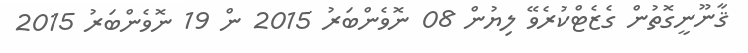
ޤާނޫނީގޮތުން ގެޒެޓްކުރެވޭ ލިޔުން 08 ނޮވެންބަރު 2015 ން 19 ނޮވެންބަރު 2015